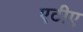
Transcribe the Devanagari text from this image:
एटीए